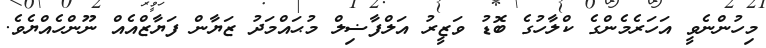
މިހުންނެވީ އަހަރެމެންގެ ކްލާހުގެ ބޮޑު ވަޒީރު އަލްފާޟިލް މުޙައްމަދު ޒަޔާން ފަޔާޒްއެއް ނޫންހެއްޔެވެ.